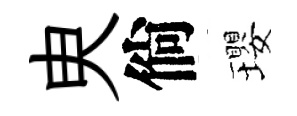
㬰倘瓔